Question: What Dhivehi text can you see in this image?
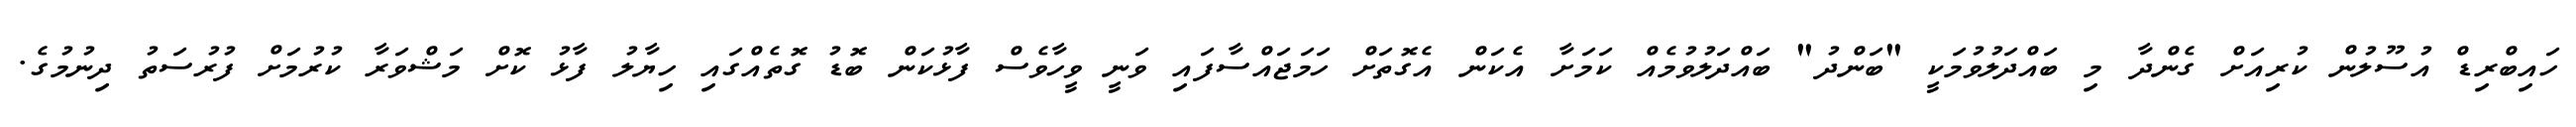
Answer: ހައިބްރިޑް އުސޫލުން ކުރިއަށް ގެންދާ މި ބައްދަލުވުމަކީ "ބަންދު" ބައްދަލުވުމެއް ކަމަށާ އެކަން އެގޮތަށް ހަމަޖައްސާފައި ވަނީ ވީހާވެސް ފާޅުކަން ބޮޑު ގޮތެއްގައި ހިޔާލު ފާޅު ކޮށް މަޝްވަރާ ކުރުމަށް ފުރުސަތު ދިނުމުގެ.